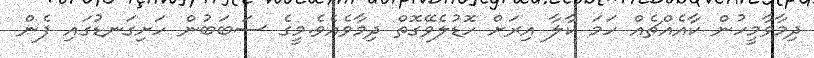
ދިމާވާމީހުން ކާއެއްޗެއް ހަމަ ކާލާ އިރަށް ހޮޑުލެވޭގޮތް ދިމާވެއެވެ.މީގެ ސަބަބުން ހަށިގަނޑުގައި ފެން